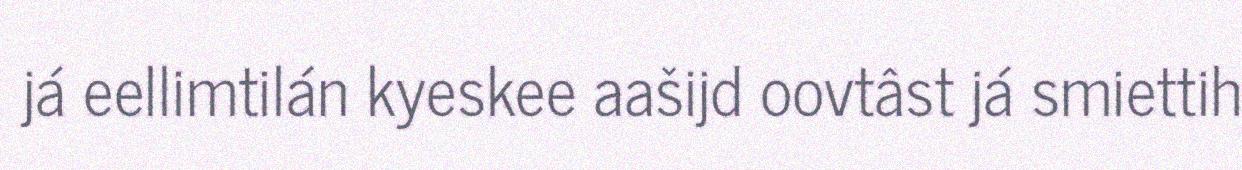
já eellimtilán kyeskee aašijd oovtâst já smiettih